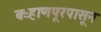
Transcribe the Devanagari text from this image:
बऱ्हाणपूरपासून